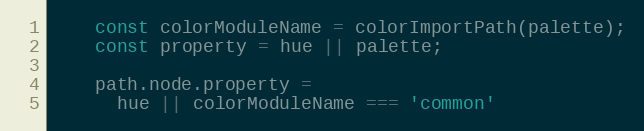
Language: JavaScript
    const colorModuleName = colorImportPath(palette);
    const property = hue || palette;

    path.node.property =
      hue || colorModuleName === 'common'